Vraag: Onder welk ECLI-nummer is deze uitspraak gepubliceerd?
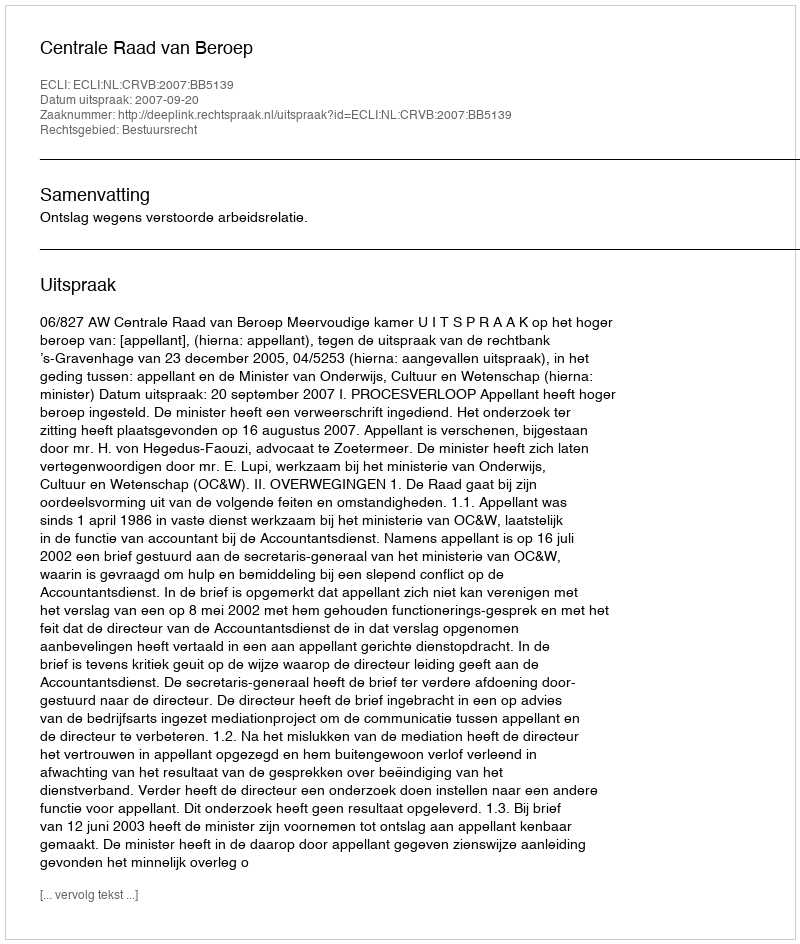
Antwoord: ECLI:NL:CRVB:2007:BB5139